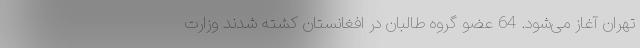
تهران آغاز می‌شود. 64 عضو گروه طالبان در افغانستان کشته شدند وزارت